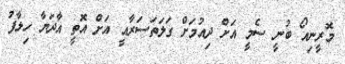
މޮރީނިއޯ ބުނީ ސެމީ އަށް ދިއުމަށް ގަލަތަސަރާއީ އަށް އޮތީ އާދަޔާ ހިލާފު